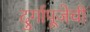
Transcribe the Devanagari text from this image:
दुर्गापूजेची